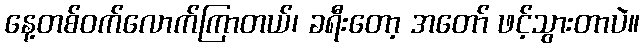
နေ့တစ်ဝက်လောက်ကြာတယ်၊ ခရီးတော့ အတော် ဖင့်သွားတာပဲ။